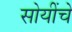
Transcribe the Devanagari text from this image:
सोयींचे